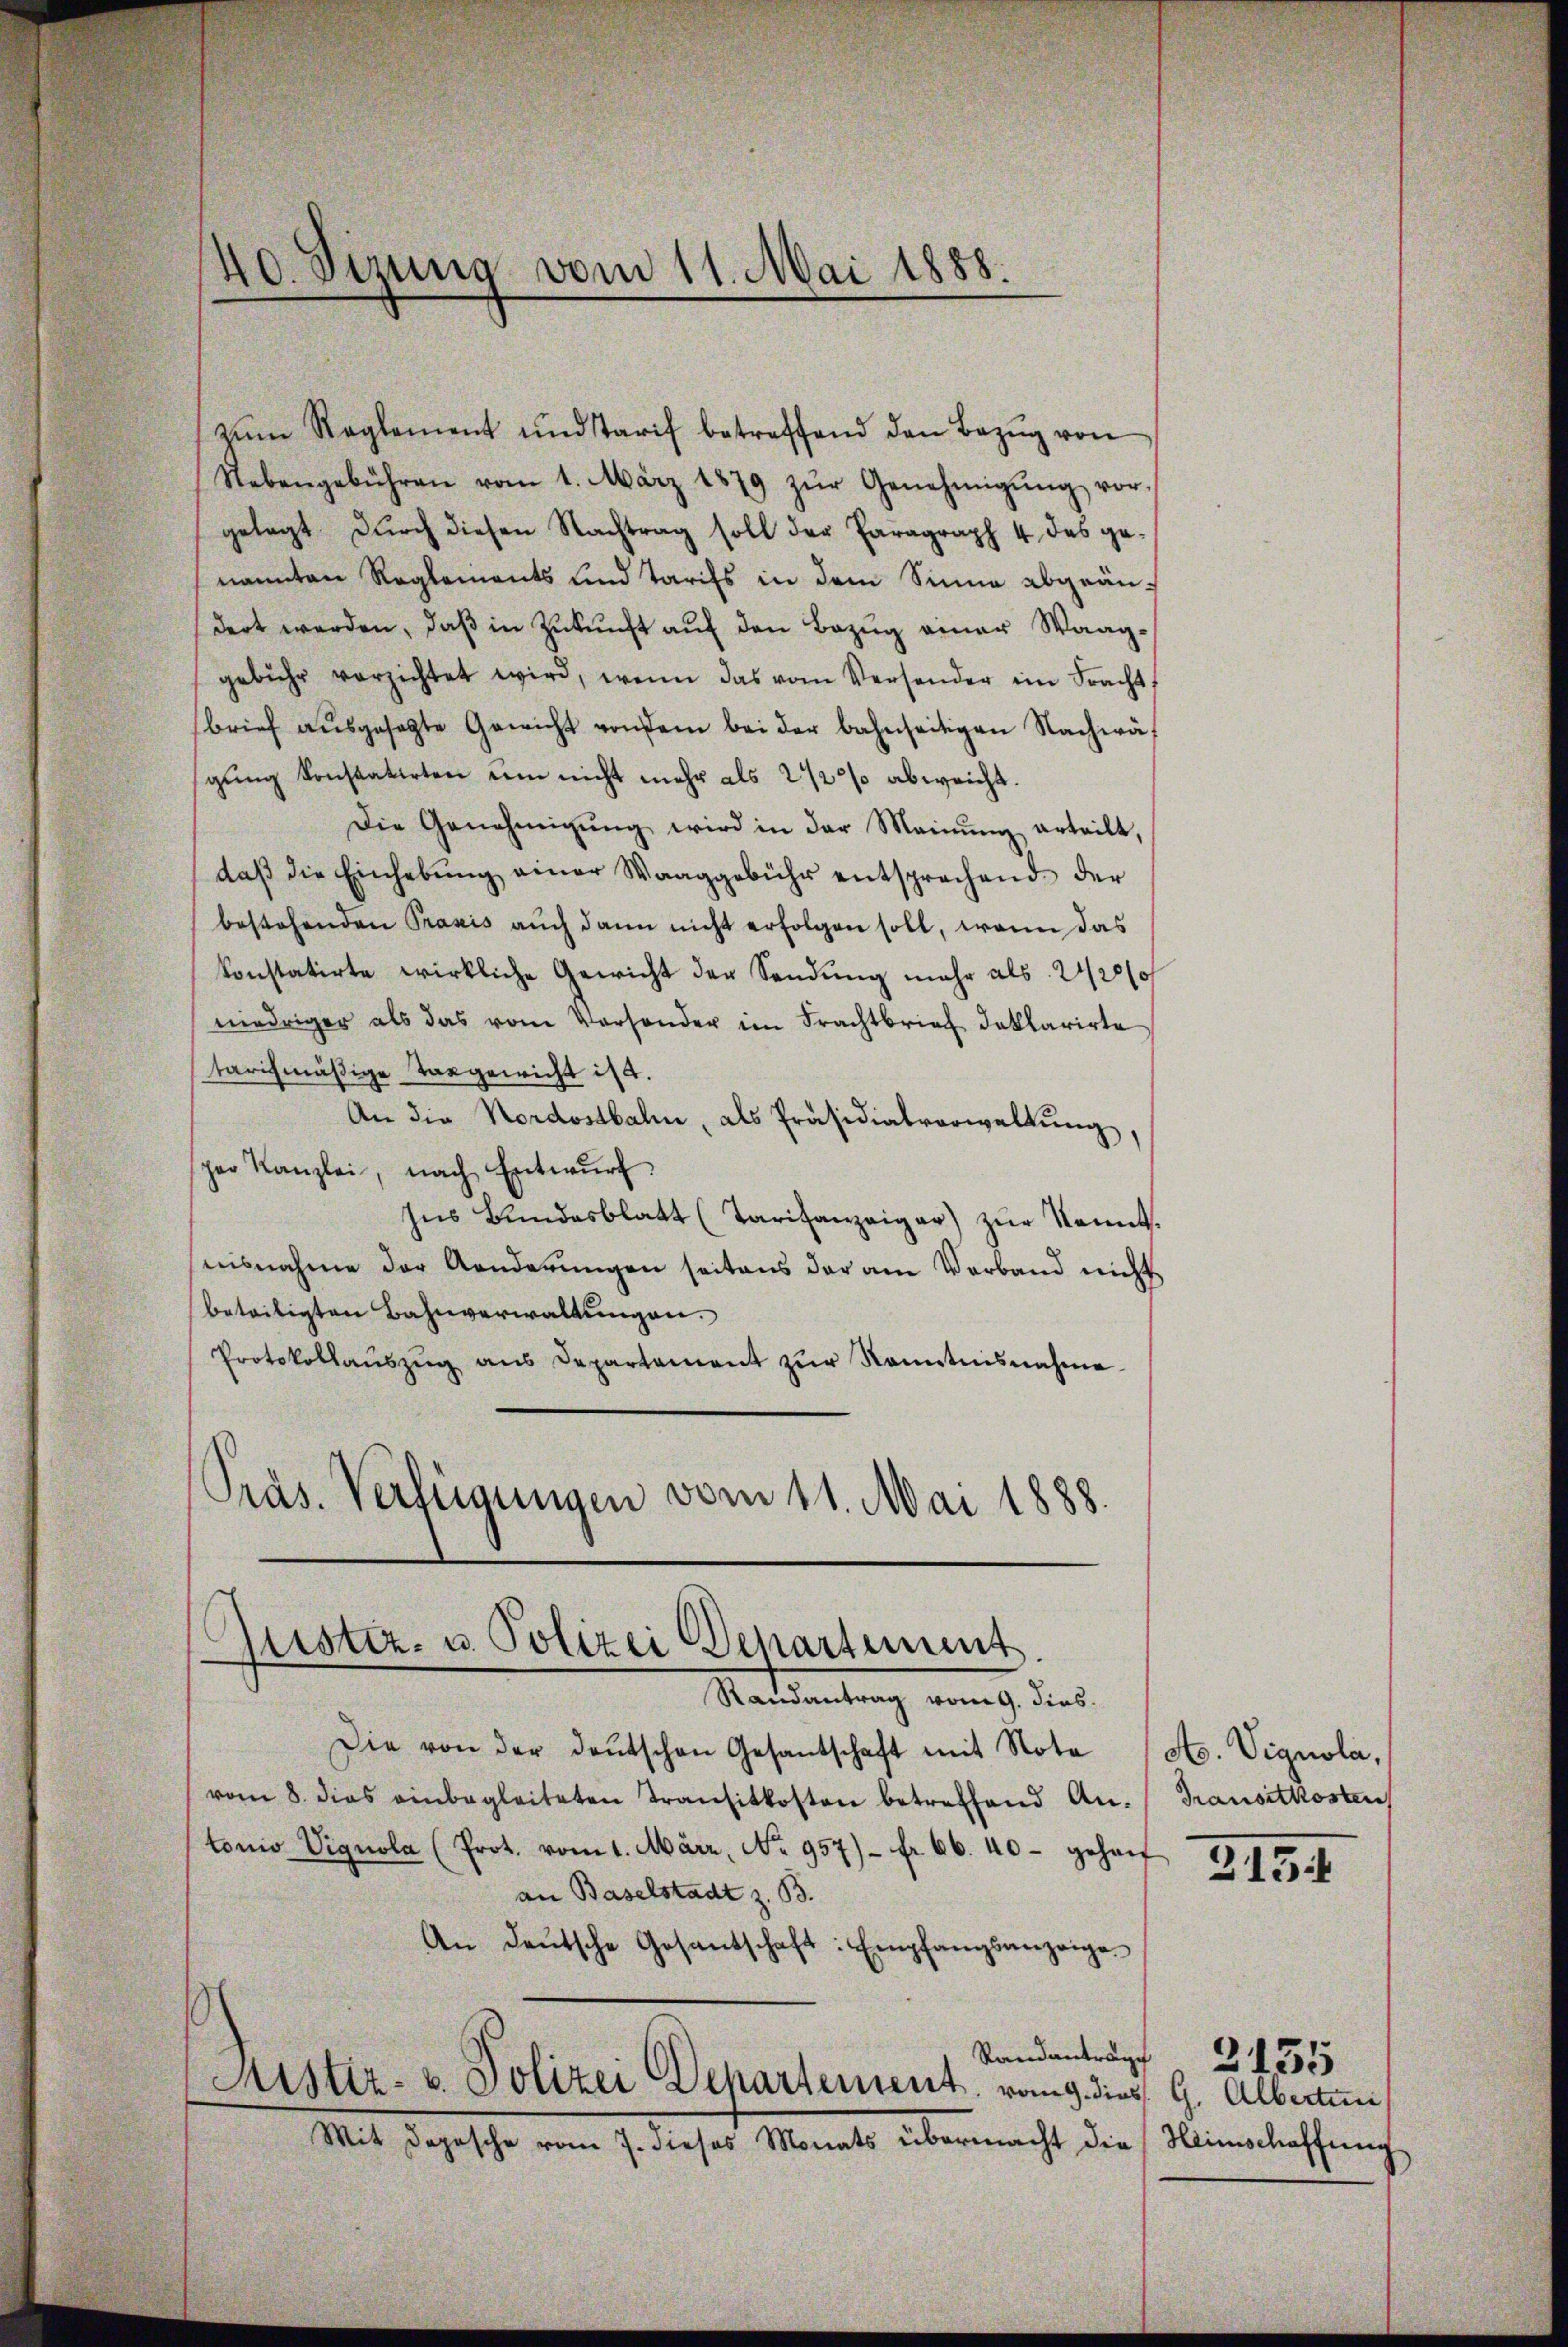
40. Sizung vom 11. Mai 1888.

zŭm Reglement und Tarif betreffend den Bezŭg von
Nebengebühren vom 1. März 1879 zŭr Genehmigŭng vor-
gelegt durch diesen Nachtrag soll der Paragraph 4 des genannten Reglements und Tarifs in dem Sinne abgeändert werden, daβ in Zŭkŭnft aŭf den Bezŭg einer Waaggebühr verzichtet wird, wenn das vom Versender im Fracht,
brief aŭsgesagte Gewicht von dem bei der bahnseitigen Nachwägŭng konstatirten um nicht mehr als 2 1/2% abweicht.
Die Genehmigŭng wird in der Meinŭng erteilt,
daβ die Einhebŭng einer Waaggebühr entsprechend der
bestehenden Praxis auch dann nicht erfolgen soll, wenn das
konstatirte wirkliche Gewicht der Sendung mehr als 2420//
niedriger als das vom Versonder im Frachtbrief deklarirte
tarifmäßige Taggewicht ist.
An die Nordostbahn, als Präsidialverwaltung,
her Kanzlei, nach Entwŭrf
Ins Bŭndesblatt (Tarifanzeiger) zŭr Kennt.
nisnahme der Aenderŭngen seitens der am Verband nicht
beteiligten Bahnverwaltungen.
Protokollaŭszŭg ans Departament zŭr Kenntnisnahme
Präs. Verfeigungen vom 11. Mai 1888.

Justiz- u. Polizei Departement.
Randantrag vom 9. dies

Die von der deŭtschen Gesantschaft mit Nota
vom 8. dies einbegleiteten Transitkosten betreffend An-
tonio Vignola (Prot. vom 1. März, No 957) - fr. 66. 40 gehaf
an Baselstadt z. B.
An deŭtsche Gesandschaft: Empfangsanzeige
Standantrage
Sistiz- u. Polizei Departement vom g. dies G. Albertun
Mit Depesche vom 7. dieses Monats übermacht die Heimschaffung

A. Vignola,
Transitkosten

3134

2135